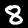
Label: 8